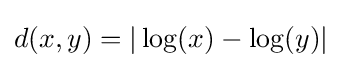
d(x,y)=|\log(x)-\log(y)|